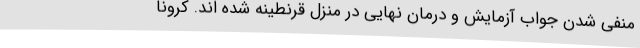
منفی شدن جواب آزمایش و درمان نهایی در منزل قرنطینه شده اند. کرونا